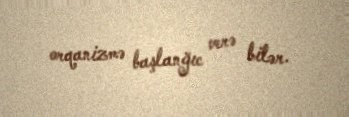
orqanizmə başlanğıc verə bilər.